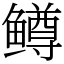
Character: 鳟